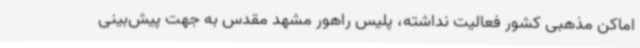
اماکن مذهبی کشور فعالیت نداشته، پلیس راهور مشهد مقدس به جهت پیش‌بینی